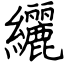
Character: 纚